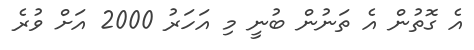
އެ ގޮތުން އެ ތަނުން ބުނީ މި އަހަރު 2000 އަށް ވުރެ